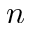
n